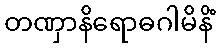
တဏှာနိရောဓဂါမိနိံ